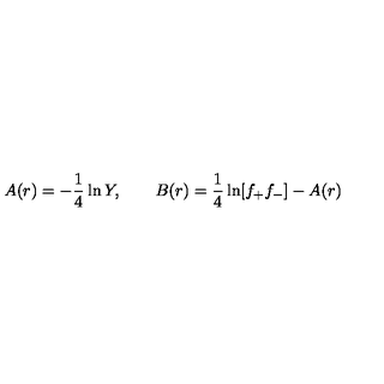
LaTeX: A ( r ) = - \frac { 1 } { 4 } \ln Y , \qquad B ( r ) = \frac { 1 } { 4 } \ln [ f _ { + } f _ { - } ] - A ( r )